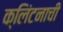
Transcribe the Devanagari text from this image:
क्लिंटनाची